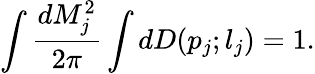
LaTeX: \int\frac{dM_{j}^{2}}{2\pi}\int dD(p_{j};l_{j})=1.